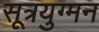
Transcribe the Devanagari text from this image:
सूत्रयुग्मन